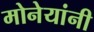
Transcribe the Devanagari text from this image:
मोनेयांनी